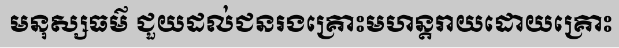
មនុស្សធម៌ ជួយដល់ជនរងគ្រោះមហន្តរាយដោយគ្រោះ